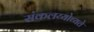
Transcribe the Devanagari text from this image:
संकलय्योच्यते